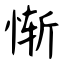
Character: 惭